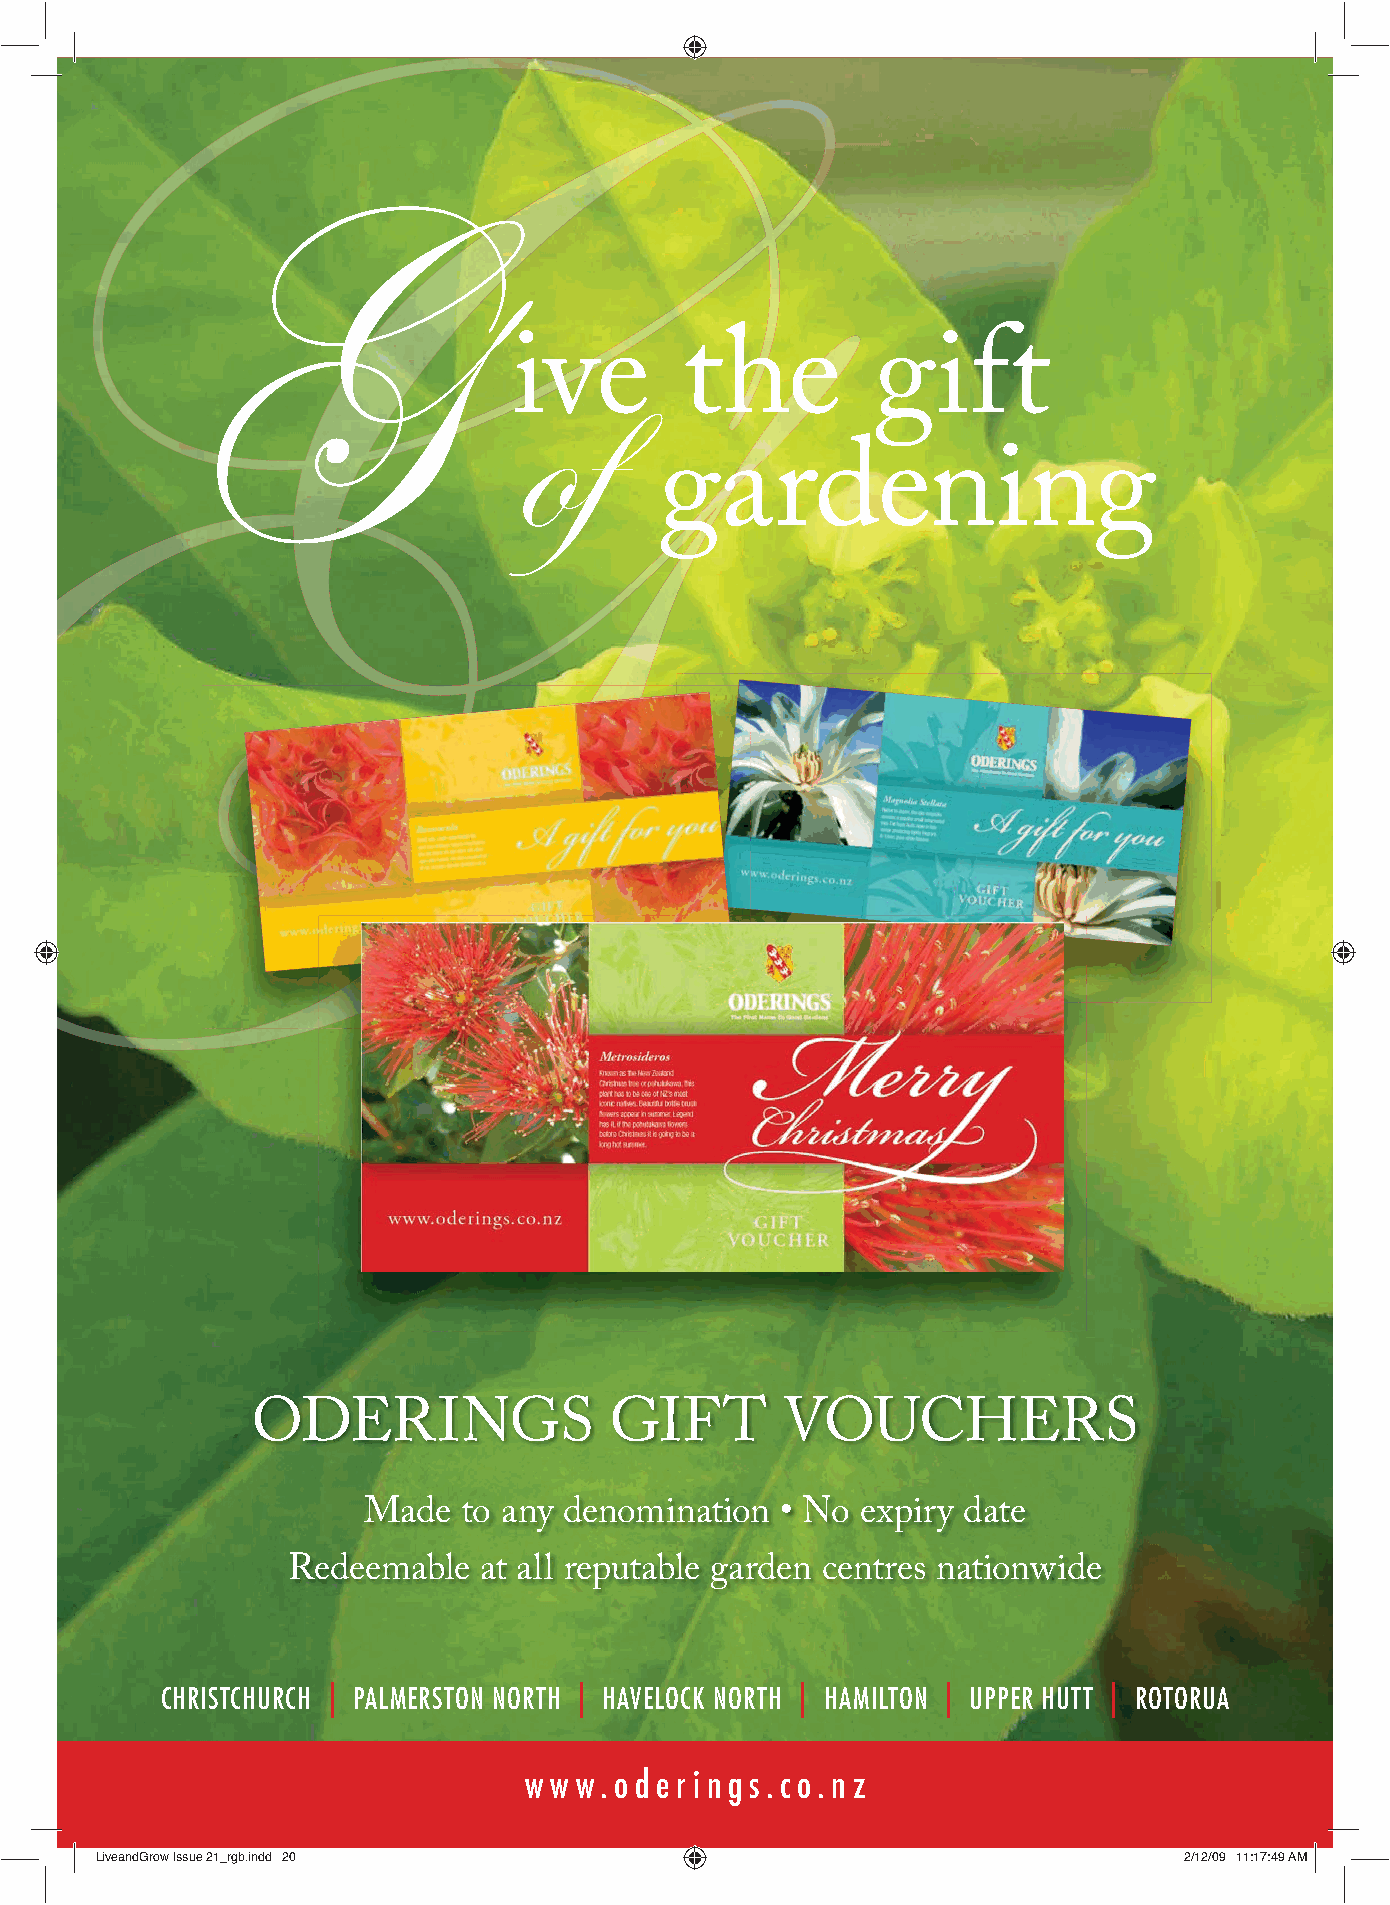
G
 ive        the          gift
 of
 gardening
 ODERINGS               GIFT        VOUCHERS
 Made   to any denomination  • No expiry date
 Redeemable   at all reputable garden centres nationwide
 CHRISTCHURCH | PALMERSTON NORTH | HAVELOCK NORTH | HAMILTON | UPPER HUTT | ROTORUA
 w w w.o d e r i n g s .c o. n z
 20
 LLiivveeaannddGGrrooww IIssssuuee 2211__rrggbb..iinndddd 2200           22//1122//0099 1111::1177::4499 AAMM